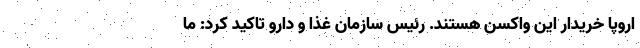
اروپا خریدار این واکسن هستند. رئیس سازمان غذا و دارو تاکید کرد: ما